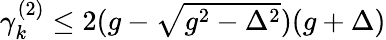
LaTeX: \begin{array}{r}{\gamma_{k}^{(2)}\le 2(g-\sqrt{g^{2}-\Delta^{2}})(g+\Delta)}\end{array}